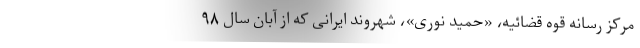
مرکز رسانه قوه قضائیه، «حمید نوری»، شهروند ایرانی که از آبان سال ۹۸